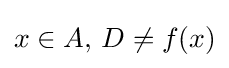
x\in A,\,D\neq f(x)